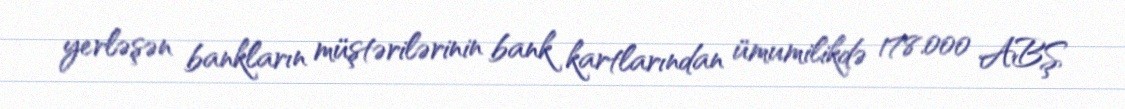
yerləşən bankların müştərilərinin bank kartlarından ümumilikdə 178.000 ABŞ